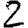
Digit: 2